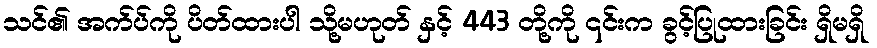
သင်၏ အက်ပ်ကို ပိတ်ထားပါ သို့မဟုတ် နှင့် 443 တို့ကို ၎င်းက ခွင့်ပြုထားခြင်း ရှိမရှိ